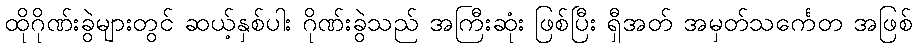
ထိုဂိုဏ်းခွဲများတွင် ဆယ့်နှစ်ပါး ဂိုဏ်းခွဲသည် အကြီးဆုံး ဖြစ်ပြီး ရှီအတ် အမှတ်သင်္ကေတ အဖြစ်